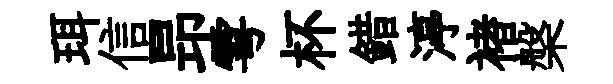
珥信昻雩杯錯渟褚槃